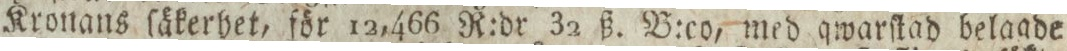
Kronans ſäkerhet, för 12,466 R:dr 32 ß. B:co, med qwarſtad belagde